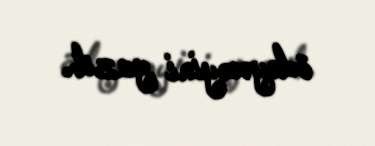
ödəyəcəyini yazıb.